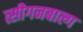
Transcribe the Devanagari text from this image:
त्सीगनबाल्ग